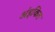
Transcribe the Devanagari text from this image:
अंइकित